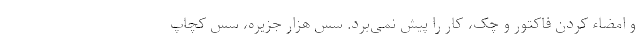
و امضاء کردن فاکتور و چک، کار را پیش نمی‌برد. سس هزار جزیره، سس کچاپ